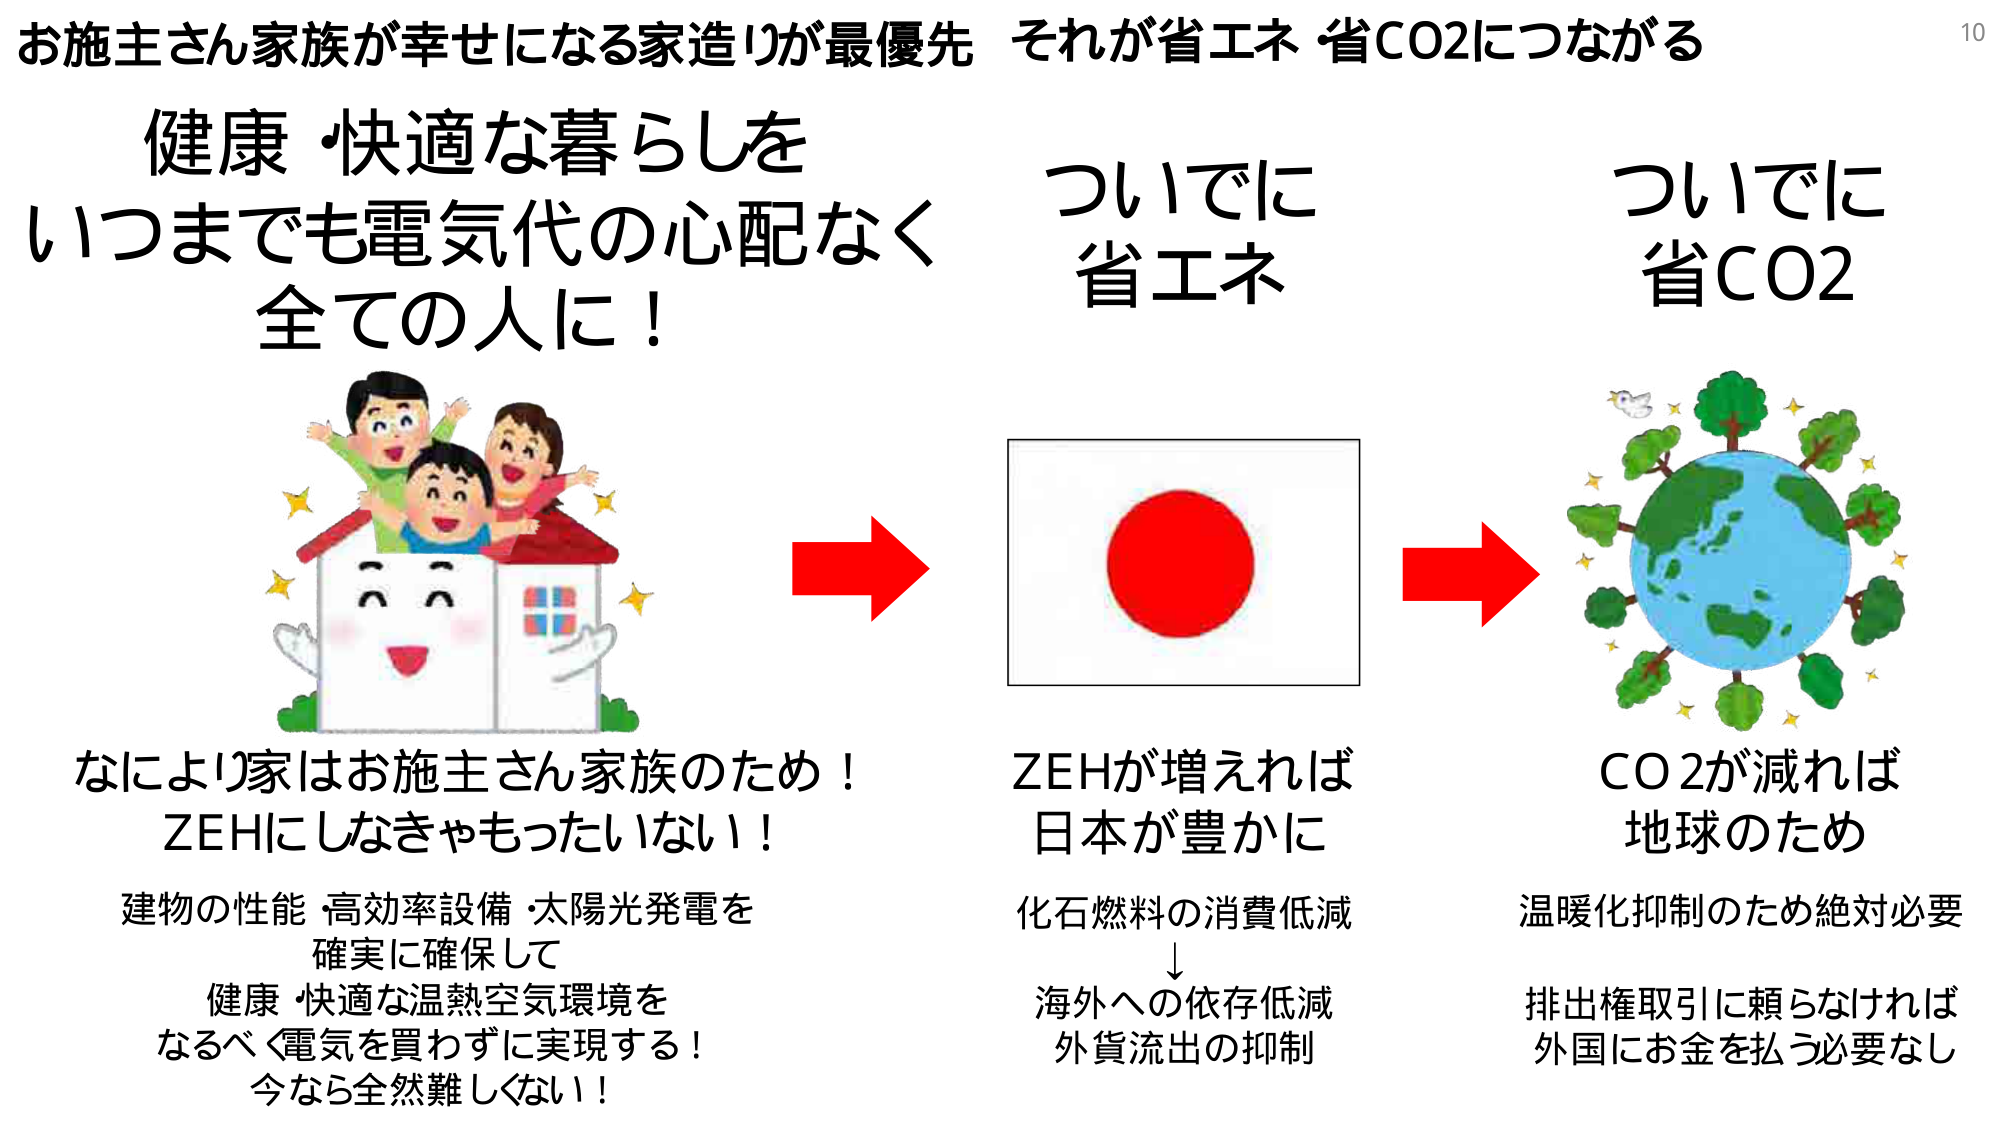
お施主さん家族が幸せになる家造りが最優先 それが省エネ 省CO2につながる

健康・快適な暮らしを
いつまでも電気代の心配なく
全ての人に！

ついでに
省エネ

ついでに
省CO2

なにより家はお施主さん家族のため！
ZEHにしなきゃもったいない！

建物の性能・高効率設備・太陽光発電を
確実に確保して
健康・快適な温熱空気環境を
なるべく電気を買わずに実現する！
今なら全然難しくない！

ZEHが増えれば
日本が豊かに
化石燃料の消費低減
↓
海外への依存低減
外貨流出の抑制

CO2が減れば
地球のため
温暖化抑制のため絶対必要
排出権取引に頼らなければ
外国にお金を払う必要なし

10